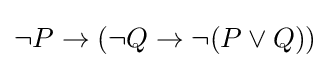
\lnot P\to (\lnot Q\to \lnot (P\lor Q))